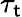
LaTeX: \tau_{\mathsf{t}}